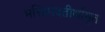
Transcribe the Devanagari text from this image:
भक्तिपदतीर्थामृत